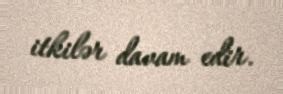
itkilər davam edir.